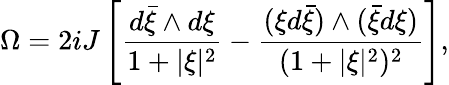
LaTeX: \Omega=2iJ\left[\frac{d{\bar{\xi}}\wedge d\xi}{1+\vert\xi\vert^{2}}-\frac{(\xi d{\bar{\xi}})\wedge({\bar{\xi}}d\xi)}{(1+\vert\xi\vert^{2})^{2}}\right],